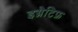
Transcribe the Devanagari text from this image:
इग्नैटिफ़